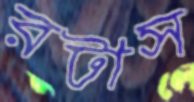
রটাস